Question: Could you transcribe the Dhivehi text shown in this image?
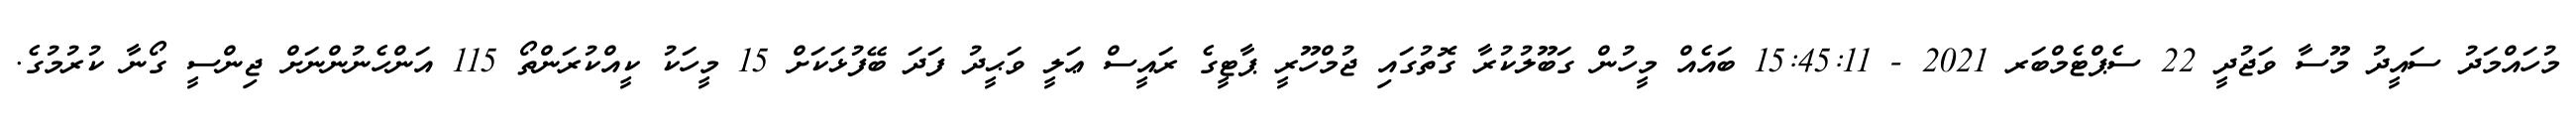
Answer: މުހައްމަދު ސައީދު މޫސާ ވަޖުދީ 22 ސެޕްޓެމްބަރ 2021 - 15:45:11 ބައެއް މީހުން ގަބޫލުކުރާ ގޮތުގައި ޖުމްހޫރީ ޕާޓީގެ ރައީސް ޢަލީ ވަޙީދު ފަދަ ބޭފުޅަކަށް 15 މީހަކު ކީއްކުރަންތޯ 115 އަންހެނުންނަށް ޖިންސީ ގޯނާ ކުރުމުގެ.